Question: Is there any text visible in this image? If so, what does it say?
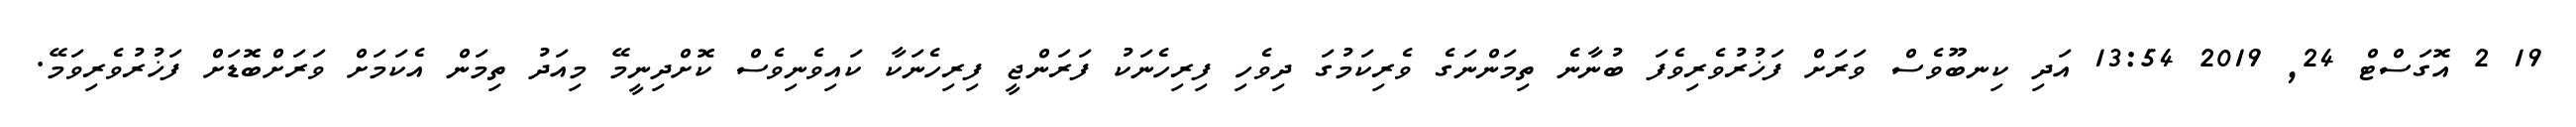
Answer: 19 2 އޮގަސްޓް 24, 2019 13:54 އަދި ކިނބޫވެސް ވަރަށް ފަޚުރުވެރިވެފަ ބުނާނެ ތިމަންނަގެ ވެރިކަމުގަ ދިވެހި ފިރިހެނަކު ފަރަންޖީ ފިރިހެނަކާ ކައިވެނިވެސް ކޮށްދިނީމޭ މިއަދު ތިމަން އެކަމަށް ވަރަށްބޮޑަށް ފަޚުރުވެރިވަމޭ.